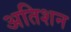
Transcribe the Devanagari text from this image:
अतिशन